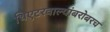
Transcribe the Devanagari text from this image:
थिएटरवाल्यांबरोबरच